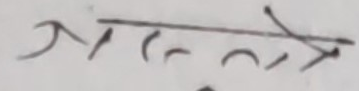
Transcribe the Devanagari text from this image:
मनुते